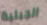
الجبلية